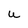
Character: U